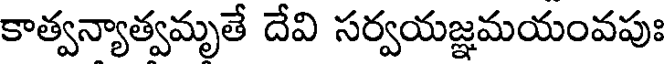
కాత్వన్యాత్వమృతే దేవి సర్వయజ్ఞమయంవపుః